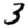
Digit: 3